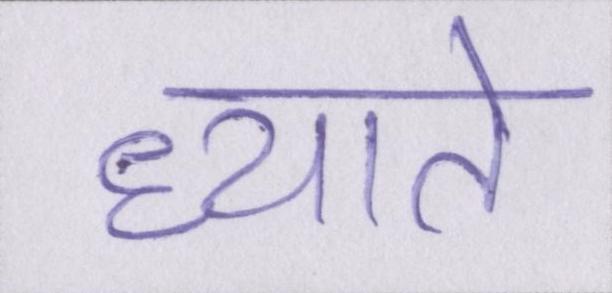
ध्याते